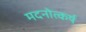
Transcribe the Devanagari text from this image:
मदनोत्कर्ष